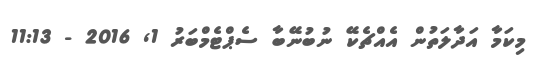
މިކަމާ އަދާލަތުން އެއްޗެކޭ ނުބުނޭބާ ސެޕްޓެމްބަރު 1